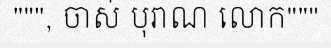
""", ចាស់ បុរាណ លោក"""